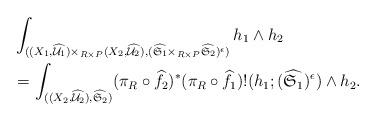
LaTeX: \begin{align*}\aligned&\int_{((X_1,\widehat{\mathcal U_1}) \times_{R\times P}(X_2,\widehat{\mathcal U_2}),(\widehat{\frak S_1}\times_{R\times P}\widehat{\frak S_2})^{\epsilon})}h_1 \wedge h_2 \\&=\int_{((X_2,\widehat{\mathcal U_2}),\widehat{\frak S_2})}(\pi_{R} \circ \widehat f_2)^*(\pi_{R} \circ \widehat f_1)!(h_1;(\widehat{\frak S_1})^{\epsilon})\wedge h_2.\endaligned\end{align*}